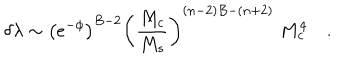
\delta \lambda \sim \left( e ^ { - \phi } \right) ^ { B - 2 } \left( { \frac { M _ { c } } { M _ { s } } } \right) ^ { ( n - 2 ) B - ( n + 2 ) } \; M _ { c } ^ { 4 } \quad .